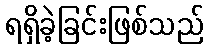
ရရှိခဲ့ခြင်းဖြစ်သည်